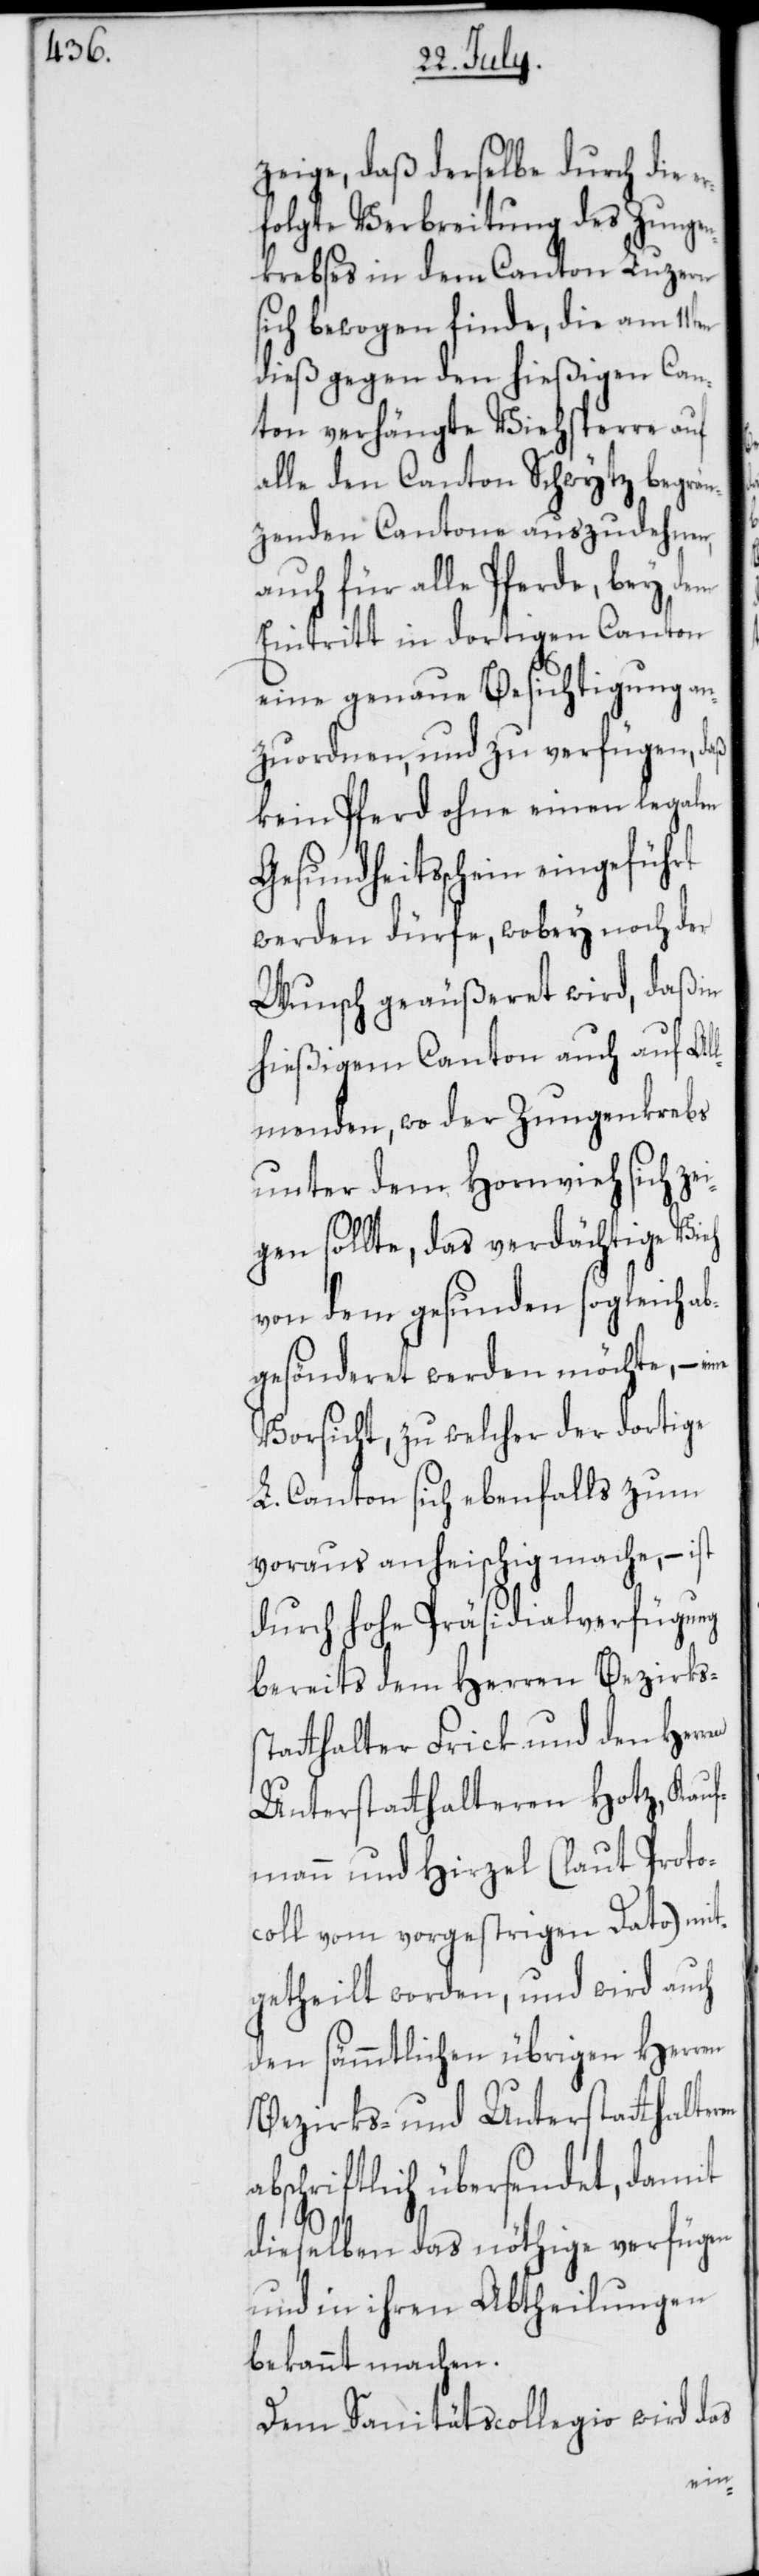
zeige, daß derselbe durch die
folgte Verbreitung des Zungen¬
krebses in dem Canton Luzern
sich bewogen finde, die am 11ten
dieß gegen den hießigen Can¬
ton verhängte Viehsperre auf
alle den Canton Schwytz begren¬
zenden Cantone auszudehnen,
auch für alle Pferde, bey dem
Eintritt in dortigen Canton
eine genaue Besichtigung an¬
zuordnen, und zu verfügen, daß
kein Pferd ohne einen legalen
Gesundheitsschein eingeführt
werden dürfe, wobey noch der
Wunsch geäußeret wird, daß in
hießigem Canton auch auf Al¬
lmenden, wo der Zungenkrebs
unter dem Hornvieh sich ze¬
igen sollte, das verdächtige Vieh
von dem gesunden sogleich a¬
bgesönderet werden möchte, –
Vorsicht, zu welcher der dortige
L. Canton sich ebenfalls zum
Voraus anheischig mache, – ist
durch hohe Präsidialverfügung
bereits dem Herren Bezirkss¬
tatthalter Frick und den Herr¬
Unterstatthalteren Hotz, Kauf¬
mann und Hirzel (laut Proto¬
coll vom vorgestrigen Dato) mit¬
getheilt worden, und wird auch
den sämmtlichen übrigen Herr¬
Bezirks- und Unterstatthalter¬
abschriftlich übersendet, damit
dieselben das nöthige verfügen
und in ihren Abbtheilungen
bekannt machen.
Dem Sanitätscollegio wird das
en